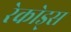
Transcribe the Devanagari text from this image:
रेकोड्स